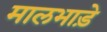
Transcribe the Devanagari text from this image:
मालभाड़े